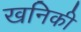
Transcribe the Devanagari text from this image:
खनिकी